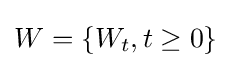
W=\{W_{t},t\geq 0\}